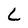
Character: L